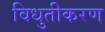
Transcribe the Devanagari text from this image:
विधुतीकरण